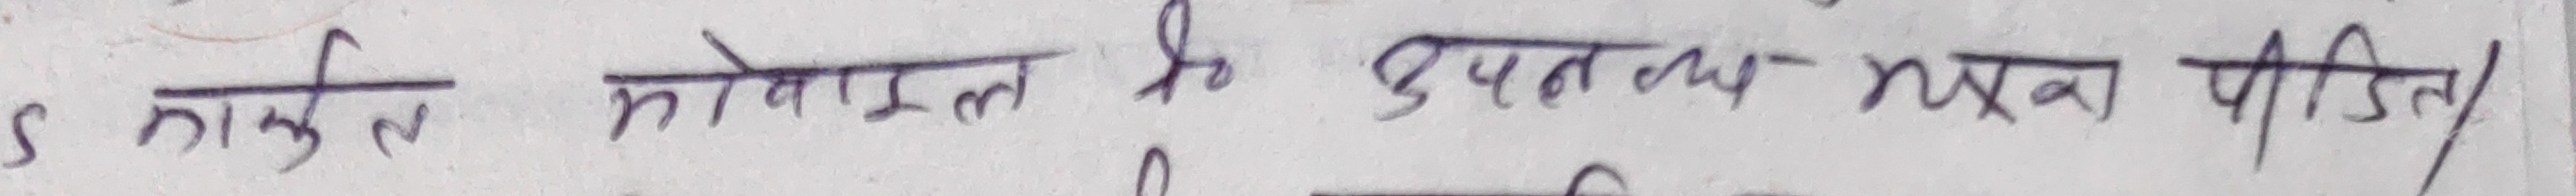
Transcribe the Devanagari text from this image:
S काईल मोबाइल की दुपत व्यय खूब पीड़ित